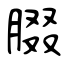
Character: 腏